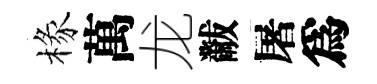
椽萬龙黻屠爲